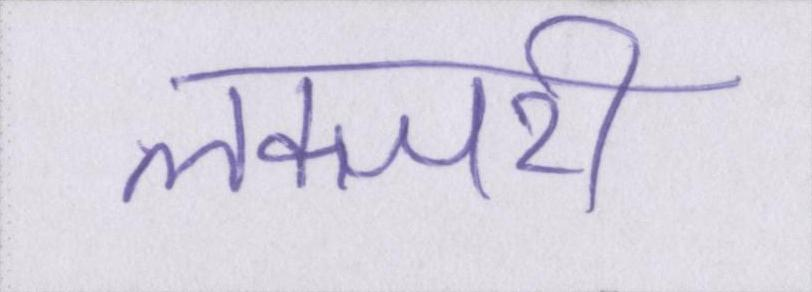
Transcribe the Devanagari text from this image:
लक्जरी